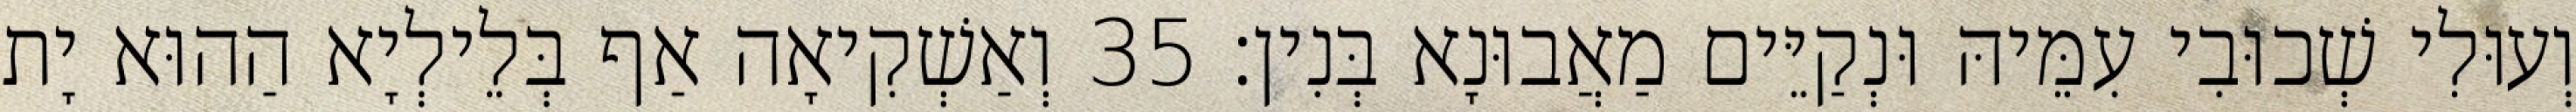
וְעוּלִי שְׁכוּבִי עִמֵּיהּ וּנְקַיֵּים מַאֲבוּנָא בְּנִין׃ 35 וְאַשְׁקִיאָה אַף בְּלֵילְיָא הַהוּא יָת